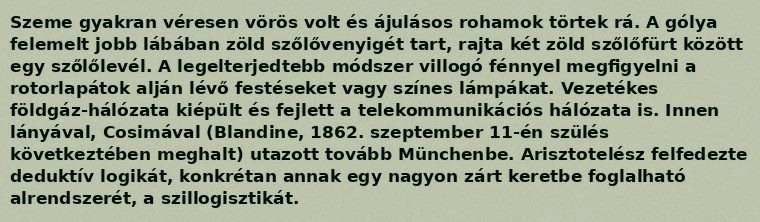
Szeme gyakran véresen vörös volt és ájulásos rohamok törtek rá. A gólya felemelt jobb lábában zöld szőlővenyigét tart, rajta két zöld szőlőfürt között egy szőlőlevél. A legelterjedtebb módszer villogó fénnyel megfigyelni a rotorlapátok alján lévő festéseket vagy színes lámpákat. Vezetékes földgáz-hálózata kiépült és fejlett a telekommunikációs hálózata is. Innen lányával, Cosimával (Blandine, 1862. szeptember 11-én szülés következtében meghalt) utazott tovább Münchenbe. Arisztotelész felfedezte deduktív logikát, konkrétan annak egy nagyon zárt keretbe foglalható alrendszerét, a szillogisztikát.